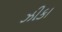
ઝીકા